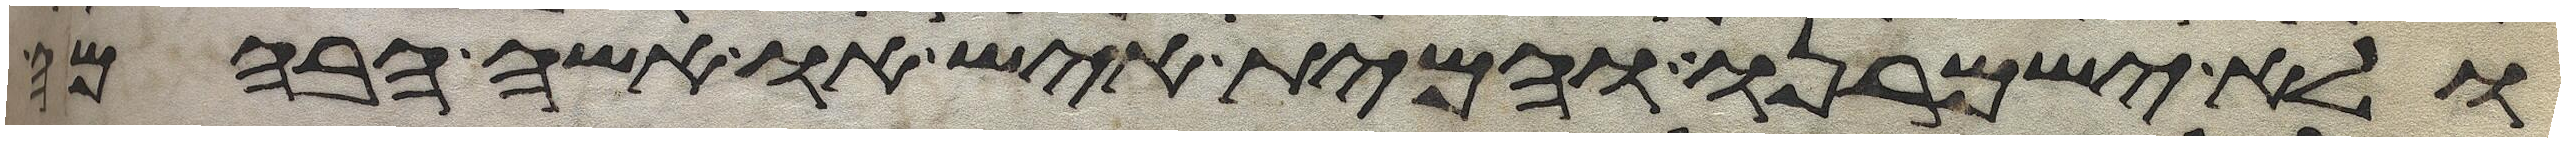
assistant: ולא ישמרנו והמית איש או אשה הבהמה